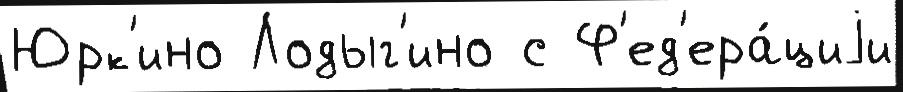
Юрк'ино Лодыг'ино с Ф'ед'ера́циjи